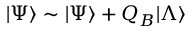
| \Psi \rangle \sim | \Psi \rangle + Q _ { B } | \Lambda \rangle